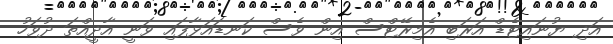
އަދި ޔުނައިޓެޑް އަރަބި އެމިރޭޓްސް އިން ވެސް ކަނޑައަޅާފައި ވަނީ އާދީއްތަ ދުވަހު